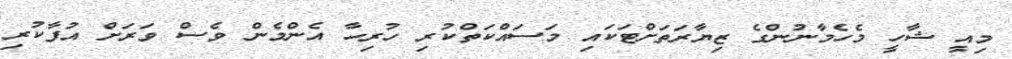
މިއީ ޝާހީ މެހެމާނުންގެ ޒިޔާރަތަށްޓަކައި މަސައްކަތްކުރި ހުރިހާ އެންމެން ވެސް ވަރަށް އުފާކުރި